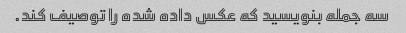
سه جمله بنویسید که عکس داده شده را توصیف کند.